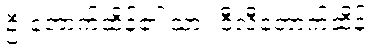
ဦးတောက်ထိန်၏ သား ဝီလီတောက်ထိန်။